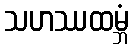
သဟဿထမ္ဘံ